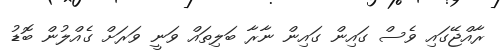
ރާއްޖޭގައި ވެސް ގައިން ގައިން ނާރާ ބަލިތައް ވަނީ ވަރަށް ގެއްލުން ބޮޑު